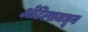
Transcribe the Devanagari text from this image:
अँटिल्समधून